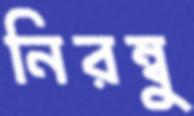
নিরম্বু